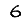
Digit: 6